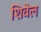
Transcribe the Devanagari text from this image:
शिवेल